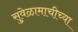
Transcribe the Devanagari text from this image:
सुवेळामाचीच्या